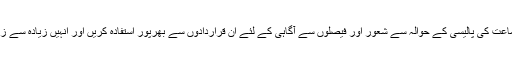
ارکان وکارکنان سے گزارش ہے کہ جماعت کی پالیسی کے حوالہ سے شعور اور فیصلوں سے آگاہی کے لئے ان قراردادوں سے بھرپور استفادہ کریں اور انہیں زیادہ سے زیادہ لوگوں تک پہنچانے کا اہتمام کریں ۔